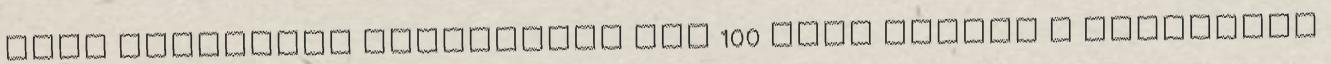
hitt országban Megszökött egy 100 éves teknős A lengyelek